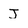
Character: J